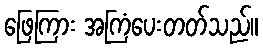
ဖြေကြား အကြံပေးတတ်သည်။